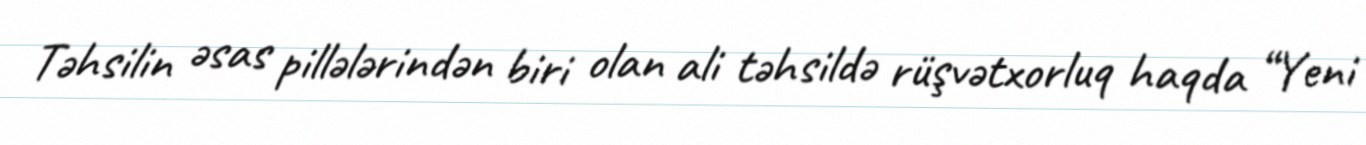
Təhsilin əsas pillələrindən biri olan ali təhsildə rüşvətxorluq haqda “Yeni